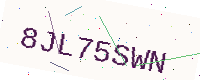
Text: 8JL75SWN